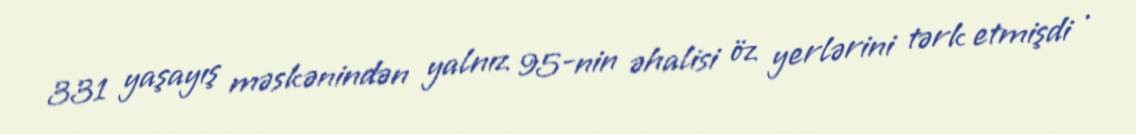
331 yaşayış məskənindən yalnız 95-nin əhalisi öz yerlərini tərk etmişdi .